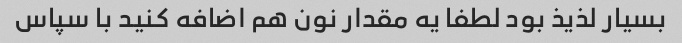
بسیار لذیذ بود لطفا یه مقدار نون هم اضافه کنید با سپاس